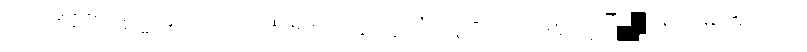
覺鈿藿氷曠譏吐粵婆缸珏厲瞽蹌鵷章黜·萱決聿